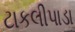
ટાકલીપાડા